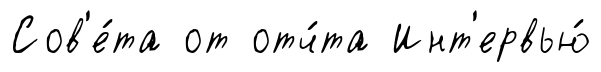
Сов'е́та от отч́та Инт'ервью́